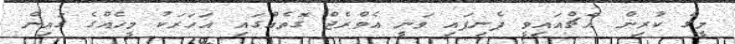
މީގެ ކުރިން އެޗްއައިވީ ފެނިފައި ވަނީ އެވްރެޖް ގޮތެއްގައި އަހަރަކު މީހެއްގެ ގައިން